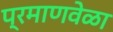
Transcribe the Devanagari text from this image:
प्रमाणवेळा